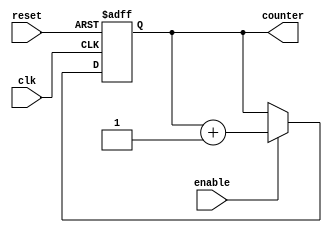
module RingCounterWithEnable (

  input wire clk,
  input wire reset,
  input wire enable,
  output reg [N-1:0] counter
);

parameter N = 4; // Specify the number of bits for the counter

always @(posedge clk or posedge reset) begin
  if (reset) begin
    counter <= 0;
  end else begin
    if (enable) begin
      counter <= counter + 1;
    end
  end
end

endmodule